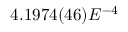
4 . 1 9 7 4 ( 4 6 ) E ^ { - 4 }